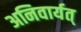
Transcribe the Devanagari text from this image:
अनिवार्यत्